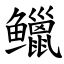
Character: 𫚭